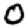
Digit: 0